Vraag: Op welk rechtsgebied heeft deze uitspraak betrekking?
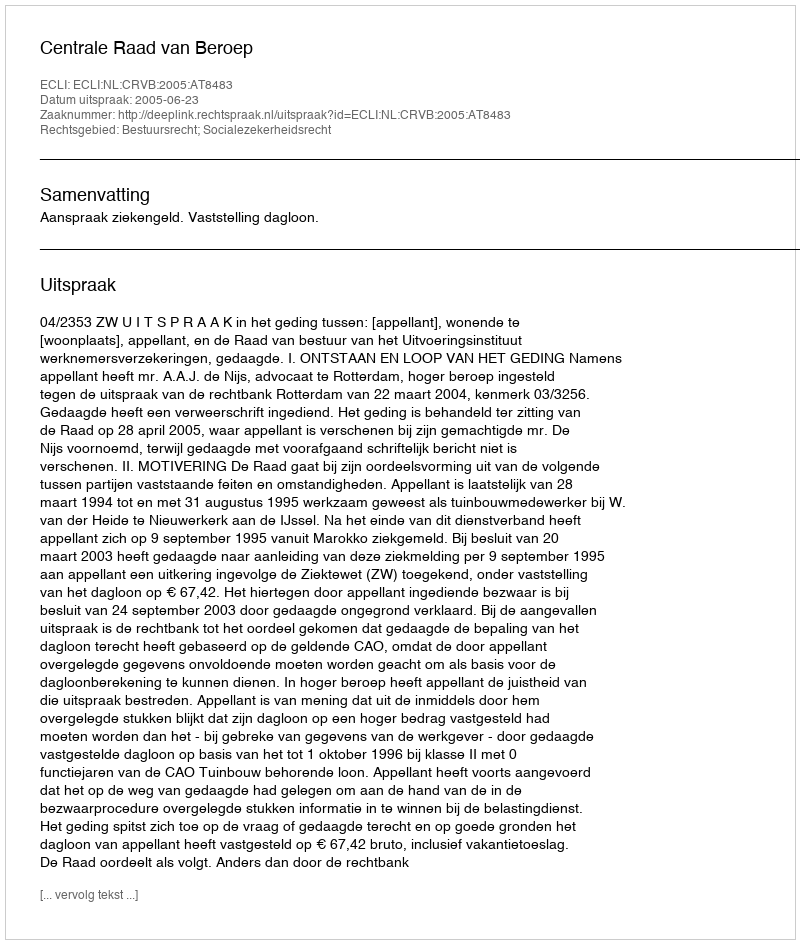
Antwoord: Bestuursrecht; Socialezekerheidsrecht